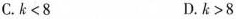
C.k<8 D.k>8